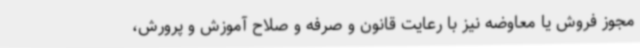
مجوز فروش یا معاوضه نیز با رعایت قانون و صرفه و صلاح آموزش و پرورش،